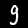
Label: 9